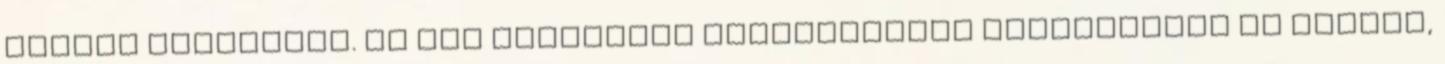
nagyon kedveltem. Ha sok mindennel kapcsolatban bizonytalan is voltam,